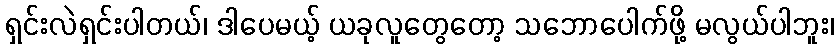
ရှင်းလဲရှင်းပါတယ်၊ ဒါပေမယ့် ယခုလူတွေတော့ သဘောပေါက်ဖို့ မလွယ်ပါဘူး၊